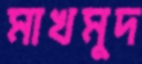
মাখমুদ